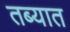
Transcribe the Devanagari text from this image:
तब्यात